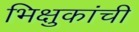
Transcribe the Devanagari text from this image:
भिक्षुकांची